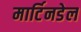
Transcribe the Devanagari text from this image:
मार्टिनडेल